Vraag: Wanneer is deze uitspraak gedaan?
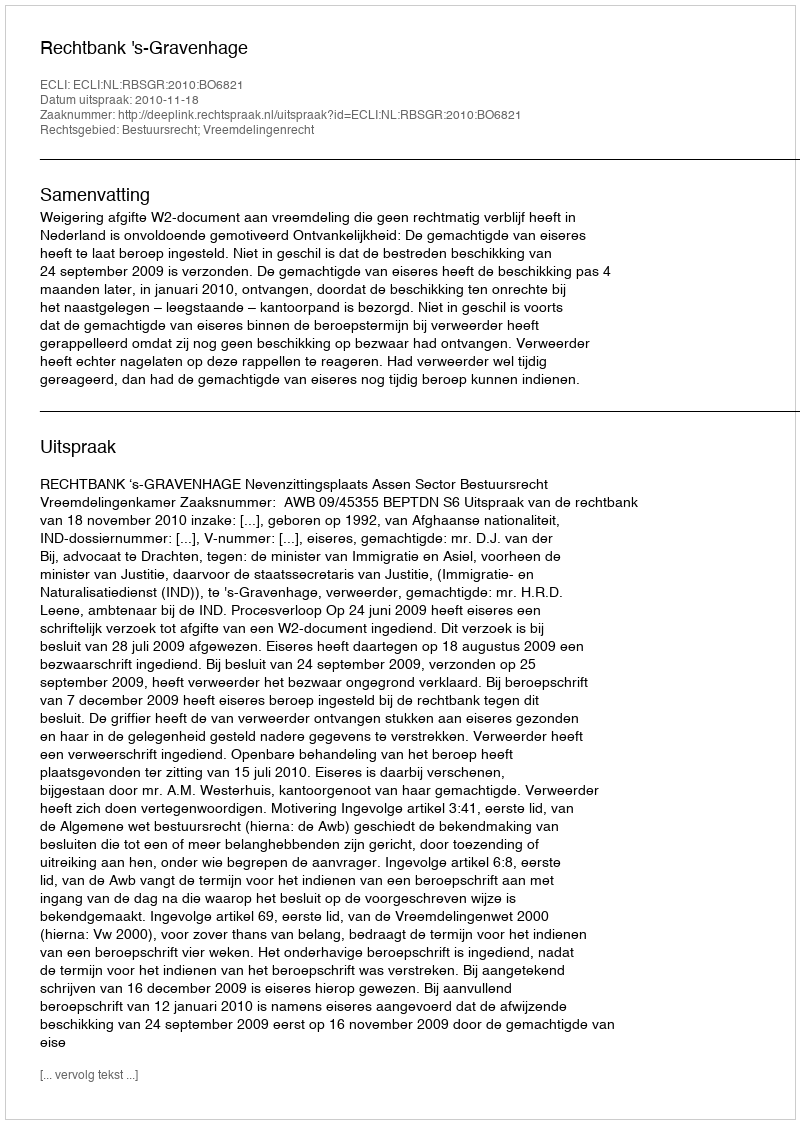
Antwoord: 2010-11-18